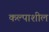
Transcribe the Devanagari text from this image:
कल्पाशील